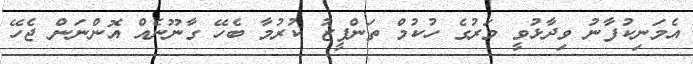
އެމަނިކުފާނު ވިދާޅުވީ މަރުގެ ހުކުމް ތަންފީޒު ކުރުމާ ބެހޭ ގާނޫނެއް އޮންނަން ޖެހޭ